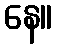
နေ။